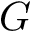
G